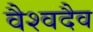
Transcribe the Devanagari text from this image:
वैश्वदैव